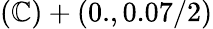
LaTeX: (\mathbb{C})+(0.,0.07/2)